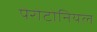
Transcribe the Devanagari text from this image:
पेरोटोनियल